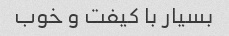
بسیار با کیفت و خوب